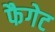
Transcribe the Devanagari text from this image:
फैगेट